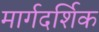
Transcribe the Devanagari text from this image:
मार्गदर्शिक